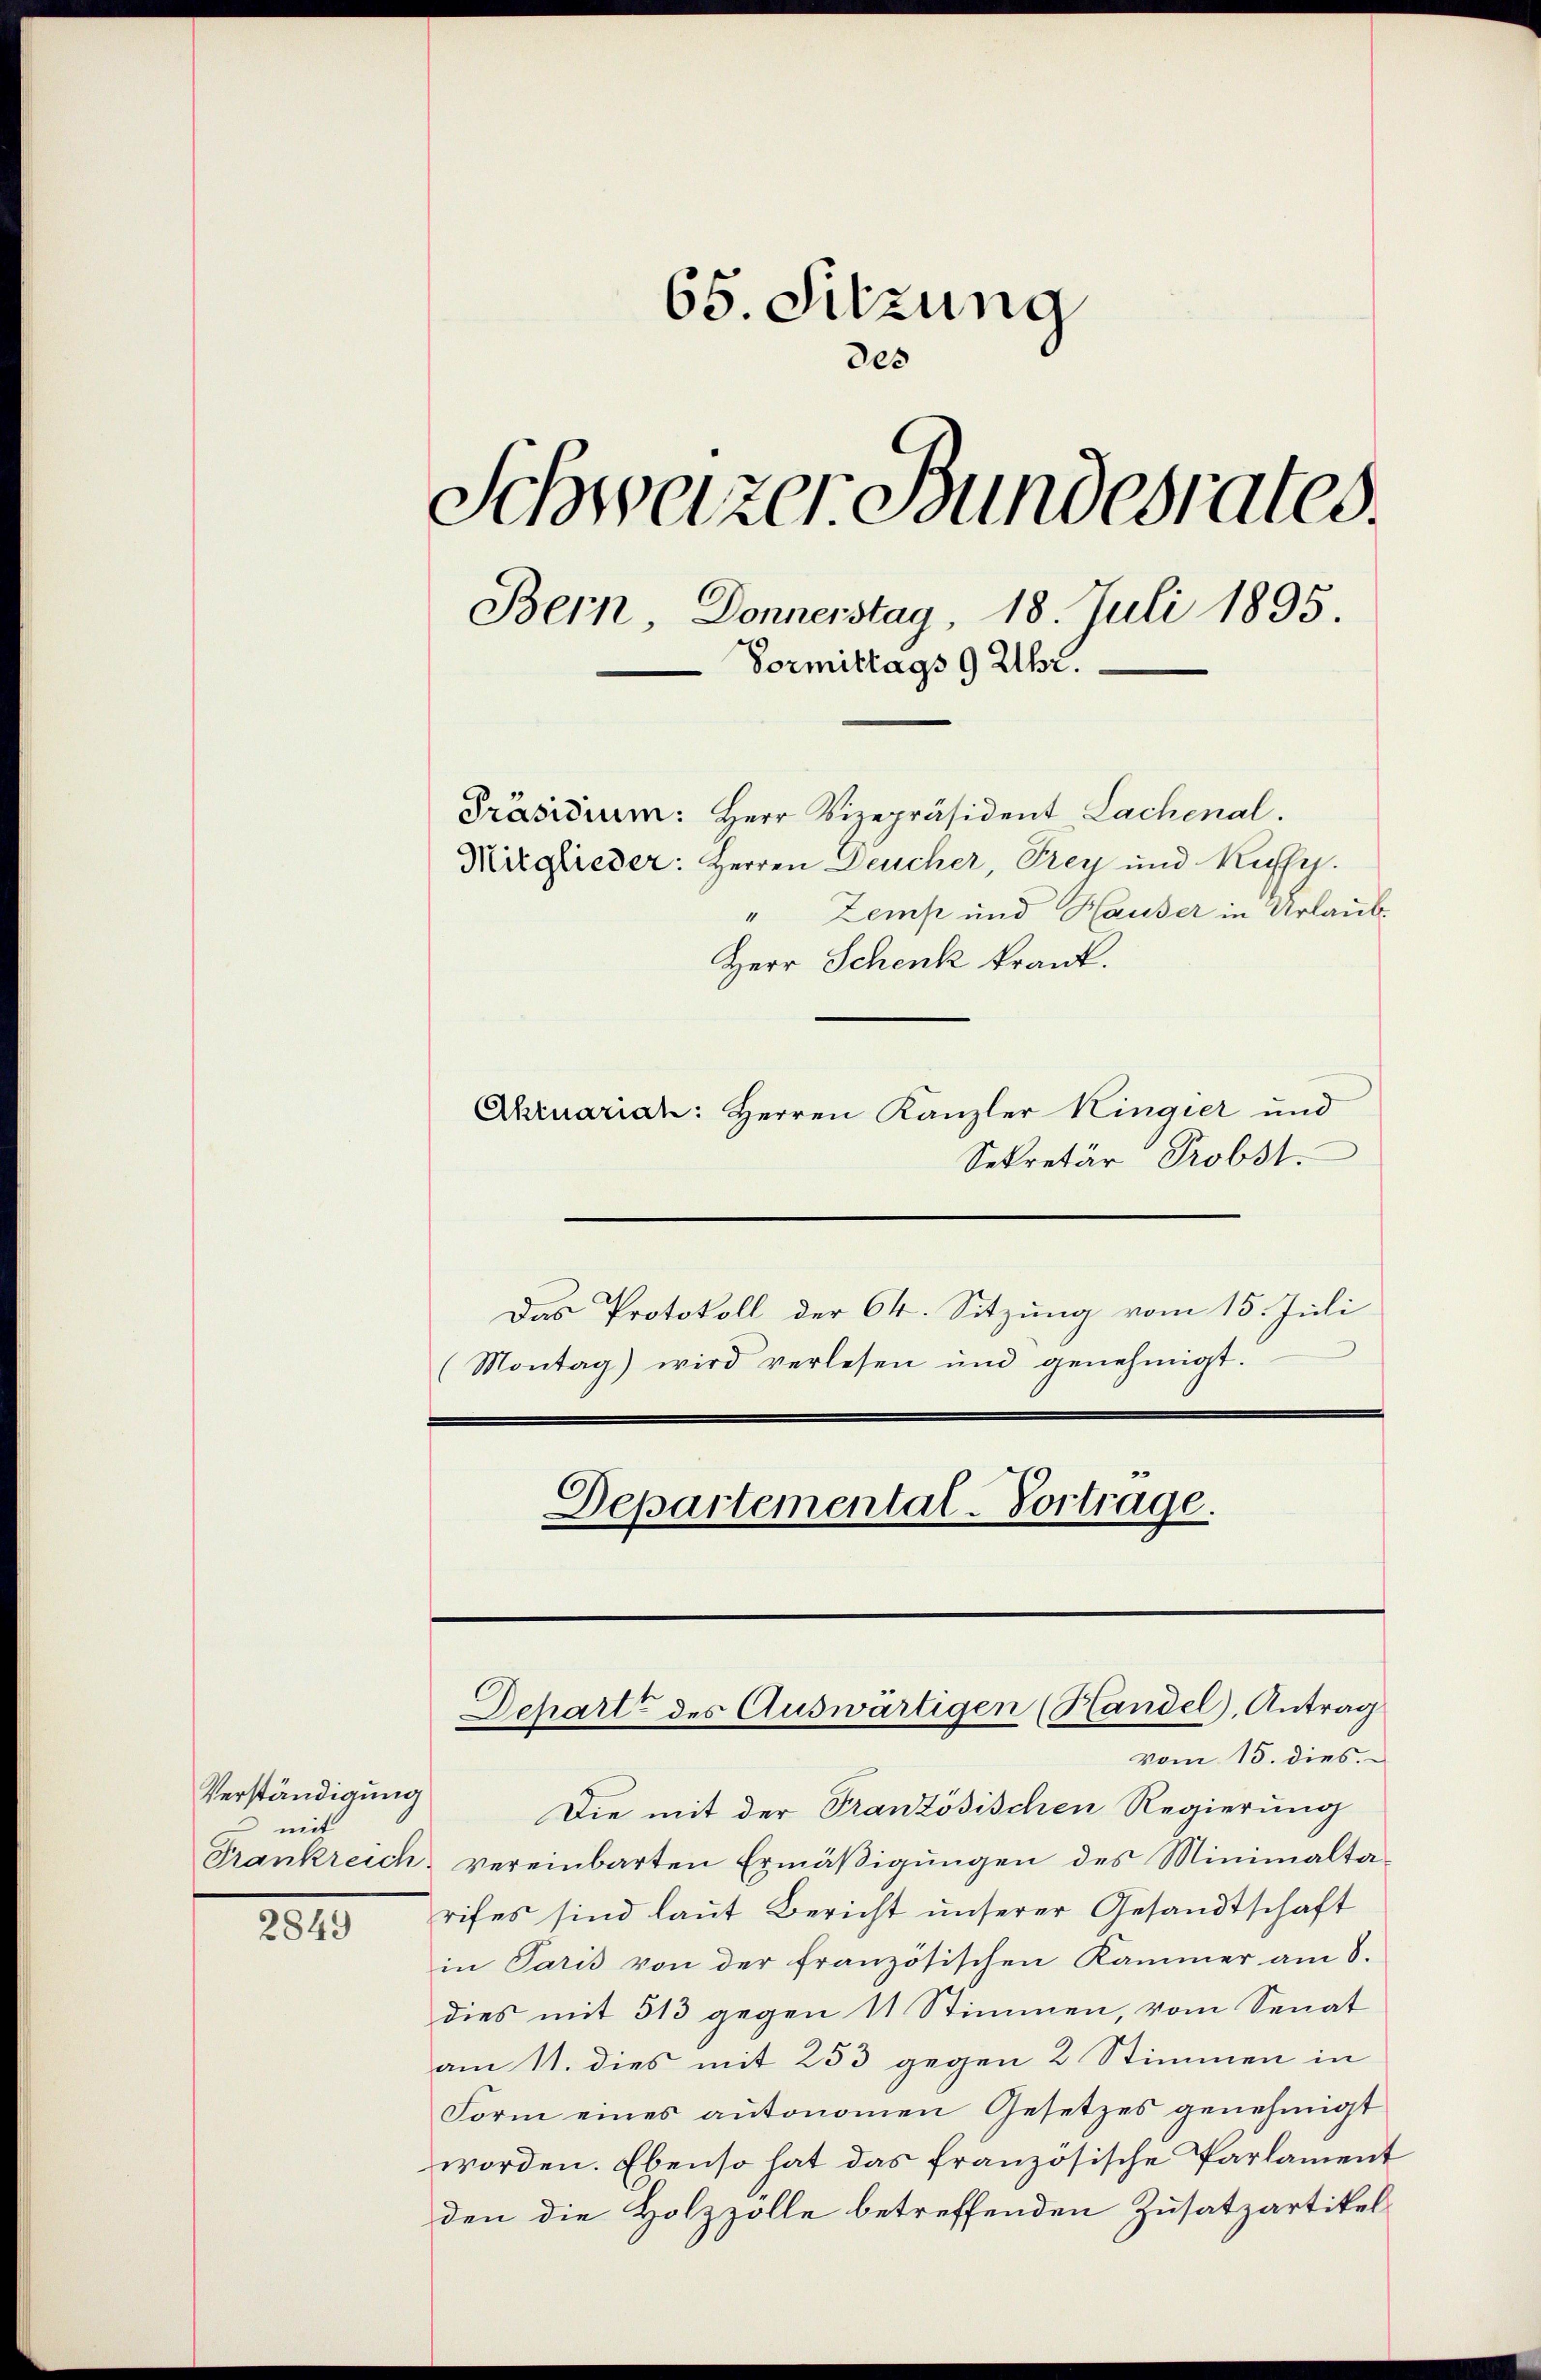
Verständigung
 mit

2849

65. Sitzung
des
Schweizer Bundesrates.
Bern, Donnerstag, 18. Juli 1895.
Vormittags 9 Uhr.
Präsidium: Herr Vizepräsident Lachenal.
Nirglieder: Herren Deucher, Prey und Kuffy.
Zemp und Hauser in Urlaub¬
“
Herr Schenk krank.

Ahruarich: Herren Kanzler Kingier und
Sekretär Probst
Das Protokoll der 64. Sitzung vom 15. Juli
(Montag) wird verlesen und genehmigt.
Departemental-Vortrage.

Die mit der Französischen Regierung
Frankreich vereinbarten Ermäßigungen des Minimaltarifes sind laut Bericht unserer Gesandtschaft
in Paris von der französischen Kammer am 8.
dies mit 513 gegen 11 Stimmen, vom Senat
am 11. dies mit 253 gegen 2 Stimmen in
Form eines autonomen Gesetzes genehmigt
worden. Ebenso hat das französische Parlament
den die Holzzolle betreffenden Zusatzartikel¬

Schart des Auswärtigen (Handel, Antrag
vom 15. dies